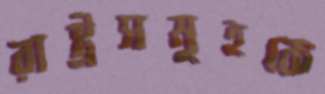
রাষ্ট্রসমূহকে